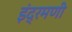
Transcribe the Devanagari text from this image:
इंद्रमणी